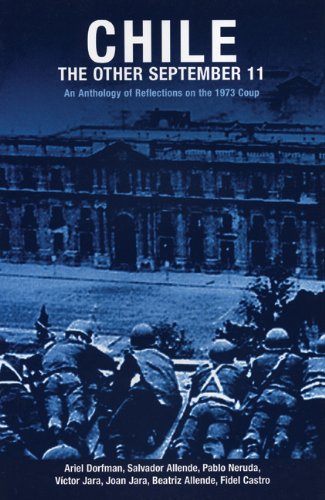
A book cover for Chile: The Other September 11: An Anthology of Reflections on the 1973 Coup (Radical History); Ariel Dorfman; Biographies & Memoirs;